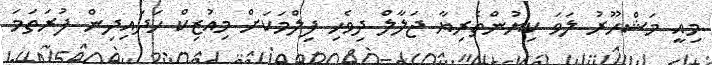
މިއީ މަޝްހޫރު ލަވަ ކިޔުންތެރިޔާ ޖަލާލް ދިވެހި ފިލްމަކަށް މިއުޒިކް ހަދައިދިން ފުރަތަމަ